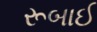
રૂબાઈ